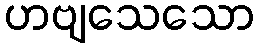
ဟဗျသေသော